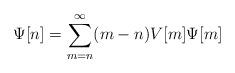
LaTeX: \begin{align*}\Psi[n]=\sum_{m=n}^\infty (m-n)V[m]\Psi[m]\end{align*}